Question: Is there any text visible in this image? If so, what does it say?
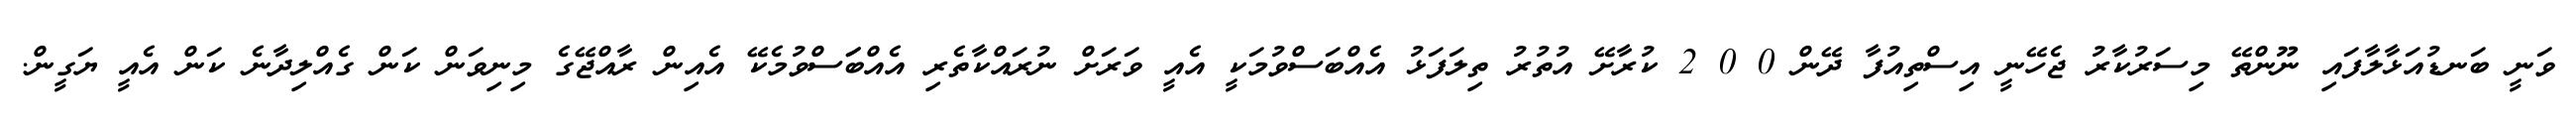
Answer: ވަނީ ބަނޑުއަޅާލާފައި ނޫންތޭ މިސަރުކާރު ޖެހޭނީ އިސްތިއުފާ ދޭން 0 0 2 ކުރާށޭ އުތުރު ތިލަފަޅު އެއްބަސްވުމަކީ އެއީ ވަރަށް ނުރައްކާތެރި އެއްބަަސްވުމެކޭ އެއިން ރާއްޖޭގެ މިނިވަން ކަން ގެއްލިދާނެ ކަން އެއީ ޔަގީން.